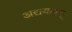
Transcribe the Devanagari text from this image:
अद्ययावत्